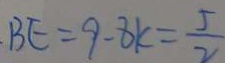
B E = 9 - 8 k = \frac { 5 } { 2 }